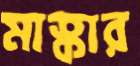
মাস্কার